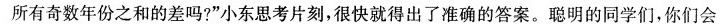
所有奇数年份之和的差吗?”小东思考片刻，很快就得出了准确的答案。聪明的同学们，你们会